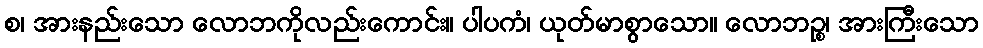
စ၊ အားနည်းသော လောဘကိုလည်းကောင်း။ ပါပကံ၊ ယုတ်မာစွာသော။ လောဘဉ္စ၊ အားကြီးသော